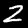
Label: 2